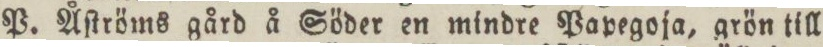
P. Åſtröms gård å Söder en mindre Papegoja, grön till